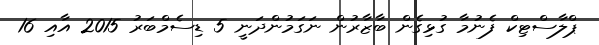
ޕްލާސްޓިކް ފެނުމާ ގުޅިގެން ބާޒާރުން ނަގަމުންދަނީ 5 ޑިސެމްބަރު 2015 އާއި 16